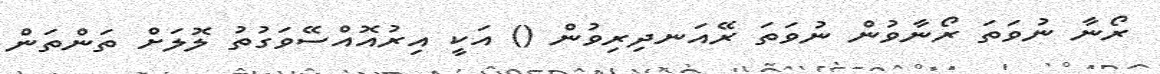
ރޯނާ ނުވަތަ ރޯނާވުން ނުވަތަ ރޭއަނދިރިވުން () އަކީ އިރުއޮއްސޭވަގުތު ލޮލަށް ތަންތަން